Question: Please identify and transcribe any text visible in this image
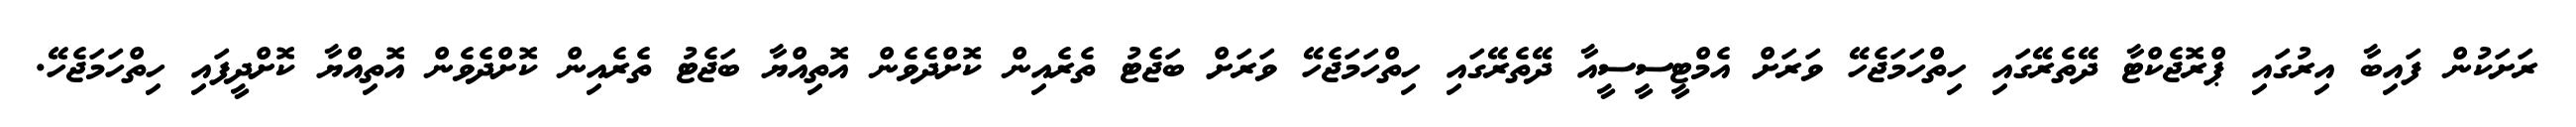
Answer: ރަށަކުން ފައިބާ އިރުގައި ޕްރޮޖެކްޓާ ދޭތެރޭގައި ހިތްހަމަޖެހޭ ވަރަށް އެމްޓީސީސީއާ ދޭތެރޭގައި ހިތްހަމަޖެހޭ ވަރަށް ބަޖެޓު ތެރެއިން ކޮށްދެވެން އޮތިއްޔާ ބަޖެޓު ތެރެއިން ކޮށްދެވެން އޮތިއްޔާ ކޮށްދީފައި ހިތްހަމަޖެހޭ.